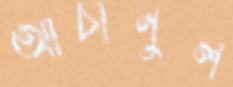
আচানুল